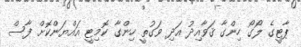
ޕާޓީގެ ލޯގޯ ހިންގާ ޤަވާއިދު އަދި ވަގުތީ ހިންގާ ކޮމިޓީ އައްޔަންކޮށް ފާސް